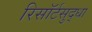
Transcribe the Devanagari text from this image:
रिसॉर्टसुद्धा